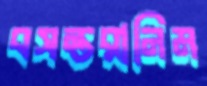
বসন্তরানিম